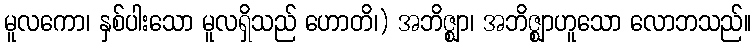
မူလကော၊ နှစ်ပါးသော မူလရှိသည် ဟောတိ၊) အဘိဇ္ဈာ၊ အဘိဇ္ဈာဟူသော လောဘသည်။